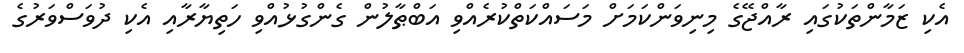
އެކި ޒަމާންތަކުގައި ރާއްޖޭގެ މިނިވަންކަމަށް މަސައްކަތްކުރެއްވި އަބްޠާލުން ގެންގުޅުއްވި ހަތިޔާރާއި އެކި ދުވަސްވަރުގެ